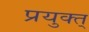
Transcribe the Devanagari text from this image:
प्रयुक्त्